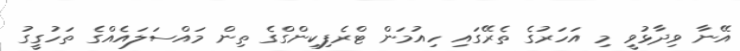
އޭނާ ވިދާޅުވީ މި އަހަރުގެ ތެރޭގައި ހިއުމަން ޓްރެފިކިންގްގެ ތިން މައްސަލައެއްގެ ތަހުގީގު